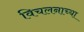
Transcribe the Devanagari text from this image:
विचलनाच्या